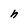
Character: n